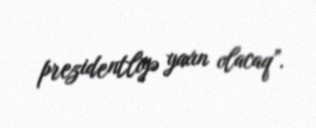
prezidentliyə yaxın olacaq”.